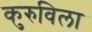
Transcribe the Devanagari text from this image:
कुरुविला